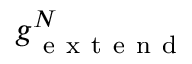
g _ { \mathrm { ~ e ~ x ~ t ~ e ~ n ~ d ~ } } ^ { N }